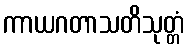
ကာယဂတာသတိသုတ္တံ